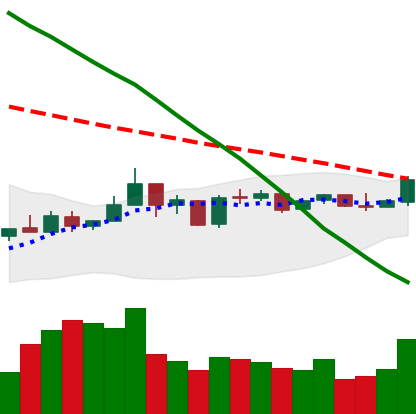
Ticker: NEO-USD
Chart end date: 2019-01-06
Forward return: -8.057%
Label: down_7plus